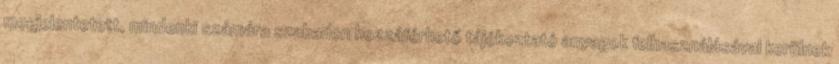
megjelentetett, mindenki számára szabadon hozzáférhető tájékoztató anyagok felhasználásával kerülnek